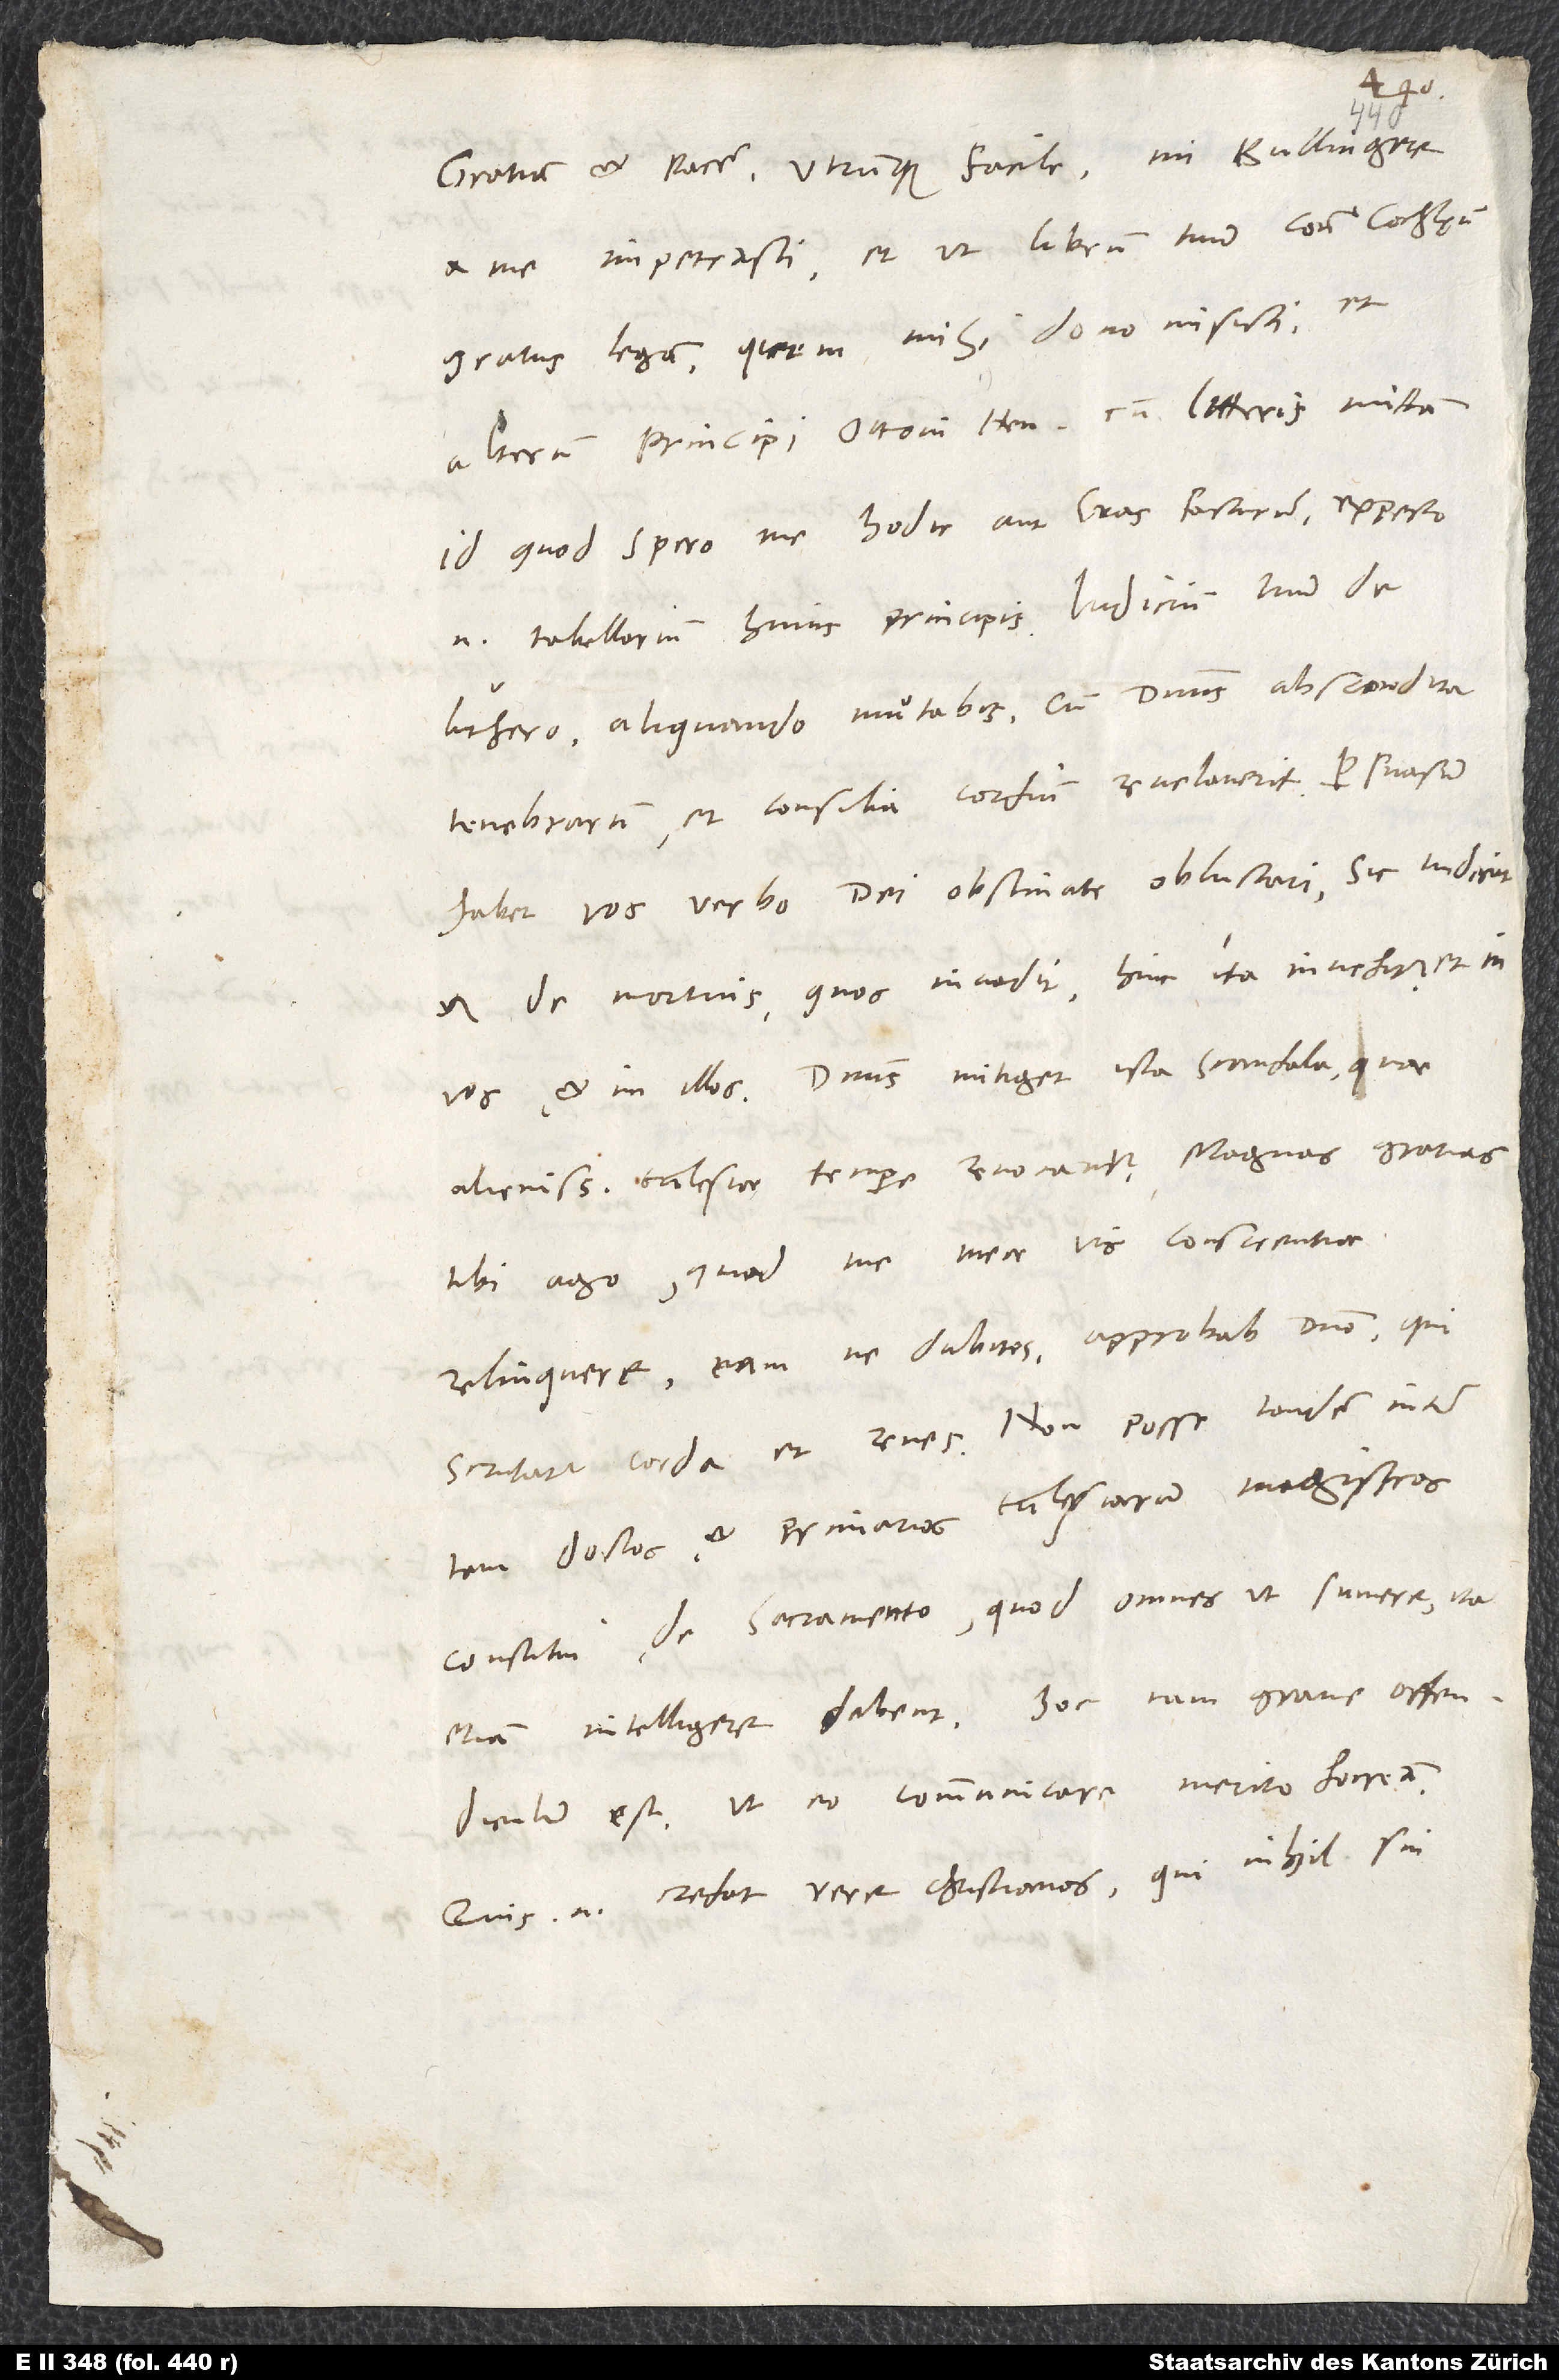
Gratiam et pacem. Utrumque facile, mi Bullingere,
a me impetrasti: et ut librum tuum contra Cochlęum
gratus legam, quem mihi dono misisti, et
alterum principi Ottoni Henricho cum litteris mittam;
id quod spero me hodie aut cras facturum. Expecto
Luthero aliquando mutabis, cum dominus abscondita
tenebrarum et consilia cordium revelaverit. Persuasum
habet vos verbo dei obstinate obluctari. Sic iudicat
et de mortuis, quos invadit. Hinc ita invehitur et in
vos et in illos. Dominus mitiget ista scandala, quae
tibi ago, quod me meae vis conscientiae
relinquere; eam, ne dubites, approbatam domino, qui
scrutatur corda et renes. Non posse tandem inter
tam doctos et primarios ecclesiarum magistros
constitui de sacramento, quod omnes ut sumere ita
etiam intelligere debent, hoc tam grave offendiculum
Quis enim credat vere christianos, qui nihil sui,